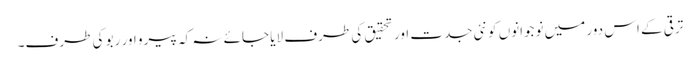
ترقی کے اس دور میں نوجوانوں کو نئی جدت اور تحقیق کی طرف لایا جائے نہ کہ پیرو اور ربو کی طرف۔